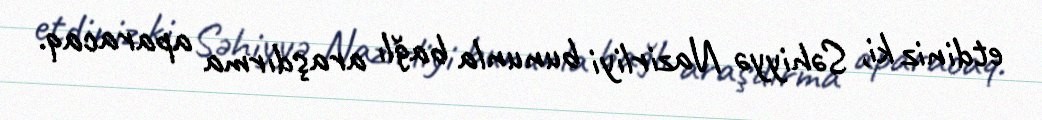
etdiniz ki, Səhiyyə Nazirliyi bununla bağlı araşdırma aparacaq.